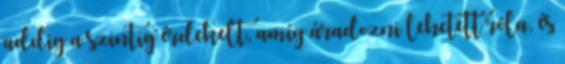
addig a szintig érdekelt, amíg áradozni lehetett róla, és